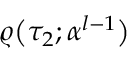
\varrho \big ( \tau _ { 2 } ; \boldsymbol { \alpha } ^ { l - 1 } \big )